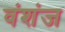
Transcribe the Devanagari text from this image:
वंशंज